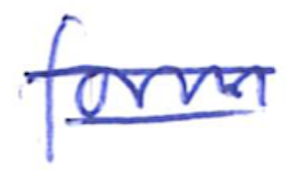
Text: form
Cross-out: mix
Writing tool: ballpoint